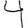
Digit: 4